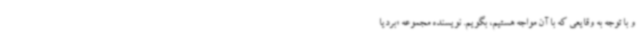
و با توجه به وقایعی که با آن مواجه هستیم، بگویم. نویسنده مجموعه «بردیا